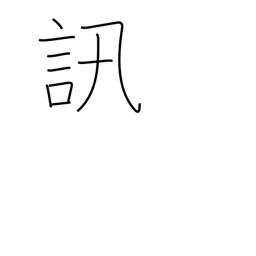
Meaning: investigate